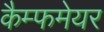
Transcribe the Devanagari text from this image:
कैम्फमेयर